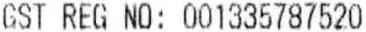
GST REG NO: 001335787520